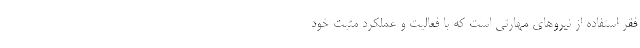
فقر استفاده از نیرو‌های مهارتی است که با فعالیت و عملکرد مثبت خود